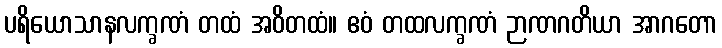
ပရိယောသာနလက္ခဏံ တထံ အဝိတထံ။ ဧဝံ တထလက္ခဏံ ဉာဏဂတိယာ အာဂတော